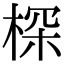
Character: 棎